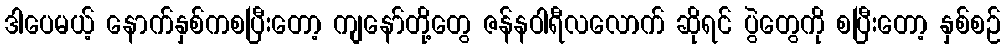
ဒါပေမယ့် နောက်နှစ်ကစပြီးတော့ ကျနော်တို့တွေ ဇန်နဝါရီလလောက် ဆိုရင် ပွဲတွေကို စပြီးတော့ နှစ်စဉ်